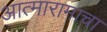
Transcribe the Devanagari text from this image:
आत्मारामाचा